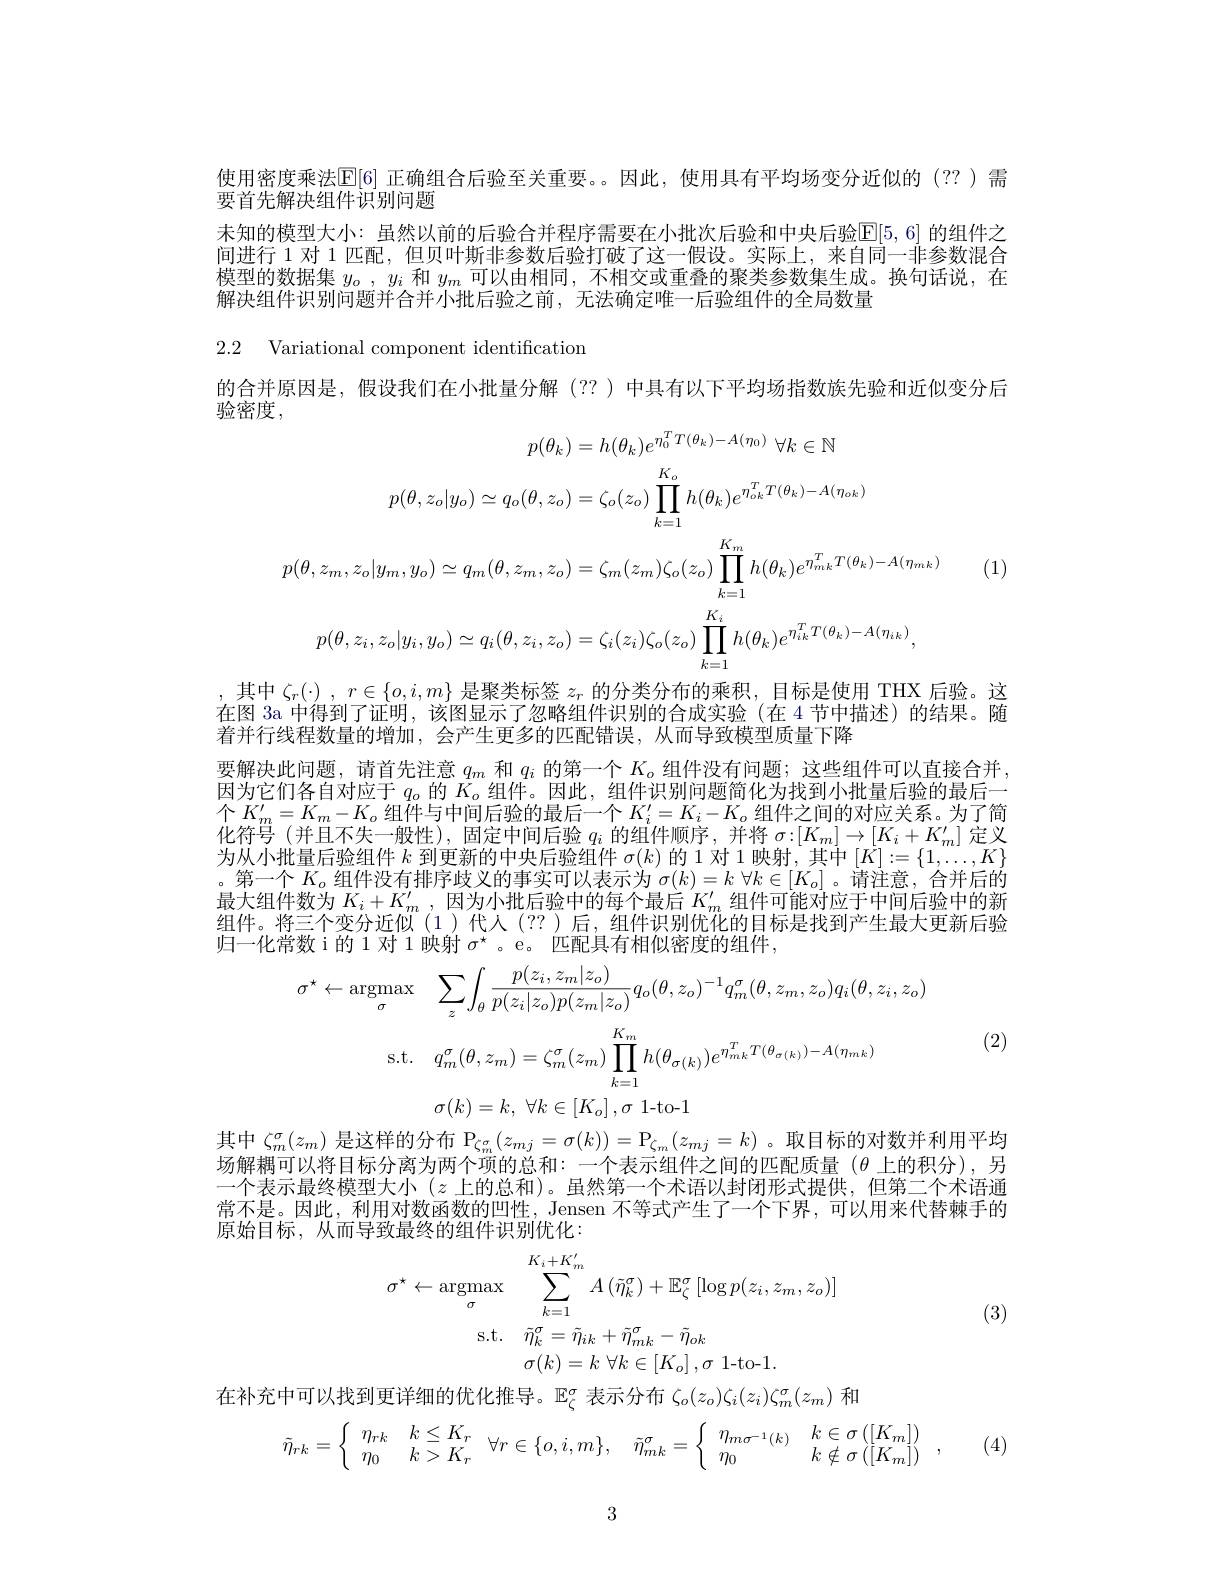
使用密度乘法$\mathbb{E}[6]$ 正确组合后验至关重要。因此，使用具有平均场变分近似的(??)需

要首先解决组件识别问题
未知的模型大小：虽然以前的后验合并程序需要在小批次后验和中央后验$\mathbb{E}[5,6]$ 的组件之间进行 1 对 1 匹配，但贝叶斯非参数后验打破了这一假设。实际上，来自同一非参数混合模型的数据集$y_o,y_i$和$y_m$可以由相同，不相交或重叠的聚类参数集生成。换句话说，在解决组件识别问题并合并小批后验之前，无法确定唯一后验组件的全局数量

2.2 Variational component identification

的合并原因是，假设我们在小批量分解(??)中具有以下平均场指数族先验和近似变分后

验密度，
$$p(\theta_{k})=h(\theta_{k})e^{\eta_{0}^{T}T(\theta_{k})-A(\eta_{0})}\:\forall k\in\mathbb{N}\\p(\theta,z_{o}|y_{o})\simeq q_{o}(\theta,z_{o})=\zeta_{o}(z_{o})\prod_{k=1}^{K_{o}}h(\theta_{k})e^{\eta_{ok}^{T}T(\theta_{k})-A(\eta_{ok})}\\p(\theta,z_{m},z_{o}|y_{m},y_{o})\simeq q_{m}(\theta,z_{m},z_{o})=\zeta_{m}(z_{m})\zeta_{o}(z_{o})\prod_{k=1}^{K_{m}}h(\theta_{k})e^{\eta_{mk}T(\theta_{k})-A(\eta_{mk})}\\p(\theta,z_{i},z_{o}|y_{i},y_{o})\simeq q_{i}(\theta,z_{i},z_{o})=\zeta_{i}(z_{i})\zeta_{o}(z_{o})\prod_{k=1}^{K_{i}}h(\theta_{k})e^{\eta_{ik}^{T}T(\theta_{k})-A(\eta_{ik})},$$
,其中$\zeta _r( \cdot )$ , $r\in \{ o, i, m\}$是聚类标签$z_r$的分类分布的乘积，目标是使用 THX 后验。这

(1)

在图 3a 中得到了证明，该图显示了忽略组件识别的合成实验(在 4 节中描述)的结果。随
着并行线程数量的增加，会产生更多的匹配错误，从而导致模型质量下降
要解决此问题，请首先注意$q_m$和$q_i$的第一个$K_o$组件没有问题；这些组件可以直接合并， 因为它们各自对应于$q_o$的$K_o$组件。因此，组件识别问题简化为找到小批量后验的最后一个$K_m^{\prime}=K_m-K_o$组件与中间后验的最后一个$K_i^{\prime}=K_i-K_o$组件之间的对应关系。为了简化符号(并且不失一般性),固定中间后验$q_i$的组件顺序，并将$\sigma{:}[K_m]\to[K_i+K_m^{\prime}]$定义为从小批量后验组件$k$到更新的中央后验组件$\sigma(k)$的 1 对 1映射，其中$[K]:=\{1,\ldots,K\}$ 。第一个$K_o$组件没有排序歧义的事实可以表示为$\sigma(k)=k\left.\forall k\in[K_o]\right.$ 。请注意，合并后的最大组件数为$K_i+K_m^{\prime}$,因为小批后验中的每个最后$K_m^{\prime}\ddot{\text{ 组件可能对应于中间后验中的新}}$ 组件。将三个变分近似(1)代人(??)后，组件识别优化的目标是找到产生最大更新后验归一化常数 i 的 1 对 1 映射$\sigma^\star$ 。e。匹配具有相似密度的组件，
$$\sigma^\star\leftarrow\underset{\sigma}{\text{argmax}}\quad\sum_{z}\int_{\theta}\frac{p(z_i,z_m|z_o)}{p(z_i|z_o)p(z_m|z_o)}q_o(\theta,z_o)^{-1}q_m^\sigma(\theta,z_m,z_o)q_i(\theta,z_i,z_o)$$
$$\mathrm{s.t.}\quad q_m^\sigma(\theta,z_m)=\zeta_m^\sigma(z_m)\prod_{k=1}^{K_m}h(\theta_{\sigma(k)})e^{\eta_{mk}^TT(\theta_{\sigma(k)})-A(\eta_{mk})}$$
$\sigma ( k) = k$, $\forall k\in [ K_o]$ $, \sigma$ 1-to-1

(2)

其中$\zeta_m^\sigma(z_m)$是这样的分布$\mathbb{P}_\zeta_m^\sigma(z_{mj}=\sigma(k))=\mathbb{P}_{\zeta_m}(z_{mj}=k)$ 。取目标的对数并利用平均场解耦可以将目标分离为两个项的总和：一个表示组件之间的匹配质量($\theta 上的积分),另$ 一个表示最终模型大小$(z$上的总和)。虽然第一个术语以封闭形式提供，但第二个术语通常不是。因此，利用对数函数的凹性，Jensen 不等式产生了一个下界，可以用来代替棘手的原始目标，从而导致最终的组件识别优化：
$$\sigma^{\star}\leftarrow\mathrm{argmax}\sum_{\sigma}^{K_{i}+K_{m}^{\prime}}A\left(\tilde{\eta}_{k}^{\sigma}\right)+\mathbb{E}_{\zeta}^{\sigma}\left[\log p(z_{i},z_{m},z_{o})\right]\\\mathrm{s.t.}\quad\tilde{\eta}_{k}^{\sigma}=\tilde{\eta}_{ik}+\tilde{\eta}_{mk}^{\sigma}-\tilde{\eta}_{ok}\\\sigma(k)=k\:\forall k\in[K_{o}]\:,\sigma\:\mathrm{1-to-1}.$$
(3)

在补充中可以找到更详细的优化推导。$\mathbb{E}_\zeta^\sigma$表示分布$\zeta_o(z_o)\zeta_i(z_i)\zeta_m^\sigma(z_m)$和
$$\tilde{\eta}_{rk}=\left\{\begin{array}{ll}\eta_{rk}&k\leq K_r\\\eta_0&k>K_r\end{array}\right.\forall r\in\{o,i,m\},\quad\tilde{\eta}_{mk}^\sigma=\left\{\begin{array}{ll}\eta_{m\sigma^{-1}(k)}&k\in\sigma\left([K_m]\right)\\\eta_0&k\notin\sigma\left([K_m]\right)\end{array}\right.,$$
3